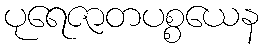
ပုရေဇာတပစ္စယေန